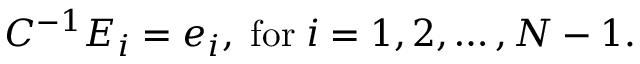
C ^ { - 1 } E _ { i } = e _ { i } , \; \mathrm { f o r } \; i = 1 , 2 , \ldots , N - 1 .